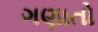
ગણાતો